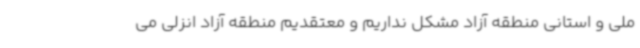
ملی و استانی منطقه آزاد مشکل نداریم و معتقدیم منطقه آزاد انزلی می